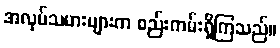
အလုပ်သမားများက စည်းကမ်းရှိကြသည်။